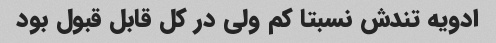
ادویه تندش نسبتا کم ولی در کل قابل قبول بود